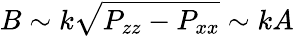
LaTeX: B\sim k\sqrt{P_{zz}-P_{xx}}\sim kA